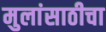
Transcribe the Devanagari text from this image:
मुलांसाठीचा